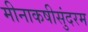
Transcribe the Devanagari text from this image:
मीनाकषीसुंदरम